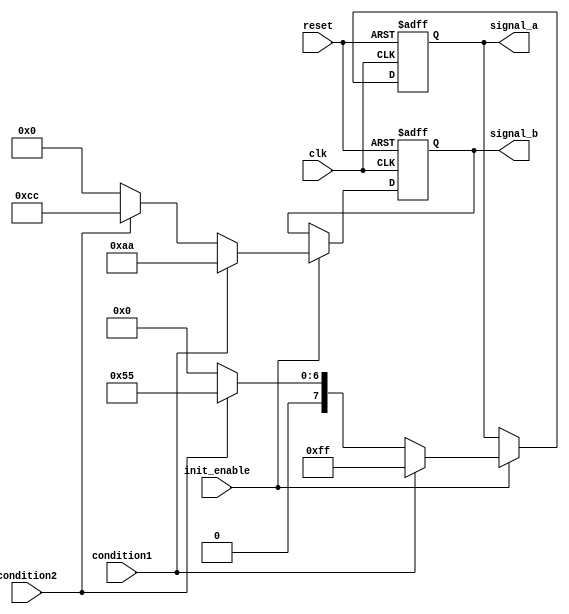
module conditional_initialization (
    input wire clk,               // Clock signal
    input wire reset,             // Reset signal
    input wire init_enable,       // Control signal to enable initialization
    input wire condition1,        // Condition signal 1
    input wire condition2,        // Condition signal 2
    output reg [7:0] signal_a,    // Initialized signal A
    output reg [7:0] signal_b     // Initialized signal B
);

    // Initialize registers to known states
    initial begin
        signal_a = 8'h00;
        signal_b = 8'h00;
    end

    // Synchronous process for initialization
    always @(posedge clk or posedge reset) begin
        if (reset) begin
            // Reset behavior: clear initialized signals
            signal_a <= 8'h00;
            signal_b <= 8'h00;
        end else if (init_enable) begin
            // Conditional Initialization Logic
            if (condition1) begin
                signal_a <= 8'hFF;  // Assign a value based on condition1
                signal_b <= 8'hAA;  // Assign another value based on condition1
            end else if (condition2) begin
                signal_a <= 8'h55;  // Assign a different value based on condition2
                signal_b <= 8'hCC;  // Assign another value based on condition2
            end else begin
                signal_a <= 8'h00;  // Default initialization
                signal_b <= 8'h00;  // Default initialization
            end
        end
    end

endmodule